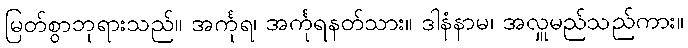
မြတ်စွာဘုရားသည်။ အင်္ကုရ၊ အင်္ကုရနတ်သား။ ဒါနံနာမ၊ အလှူမည်သည်ကား။